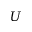
U